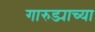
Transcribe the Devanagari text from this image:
गारुड्याच्या